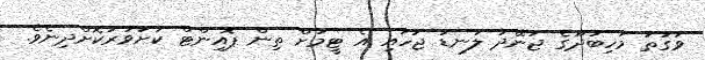
ވަގުތު މަހިބަދޫގެ ޖުނޭދު ލަނޑު ޖަހައި އެ ޓީމަށް ތިން ޕޮއިންޓް ކަށަވަރުކޮށްދިނެވެ.